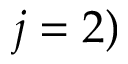
j = 2 )